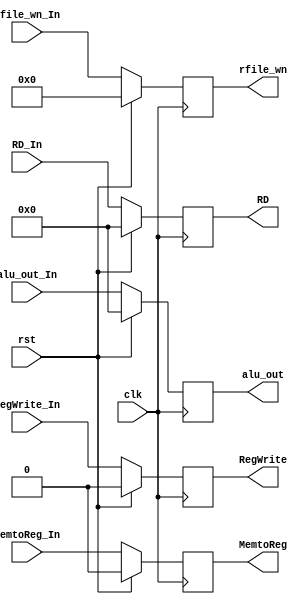
`timescale 1ns/1ns
module MEM_WB (clk, rst, RegWrite_In, RegWrite, MemtoReg_In, MemtoReg, RD_In, RD, alu_out_In, alu_out, rfile_wn_In, rfile_wn );
  input clk, rst;
  
  input RegWrite_In, MemtoReg_In;
  input [4:0] rfile_wn_In;
  input [31:0] RD_In, alu_out_In;
  output reg RegWrite, MemtoReg;
  output reg [4:0] rfile_wn;
  output reg [31:0] RD, alu_out;

  always @ (posedge clk) begin
    if (rst) begin
      {RegWrite, MemtoReg, rfile_wn, RD, alu_out} <= 0;
    end
    else begin
      RegWrite <= RegWrite_In;
      MemtoReg <= MemtoReg_In;
      rfile_wn <= rfile_wn_In;
      RD <= RD_In;
      alu_out <= alu_out_In;
    end
  end
endmodule // MEM_WB